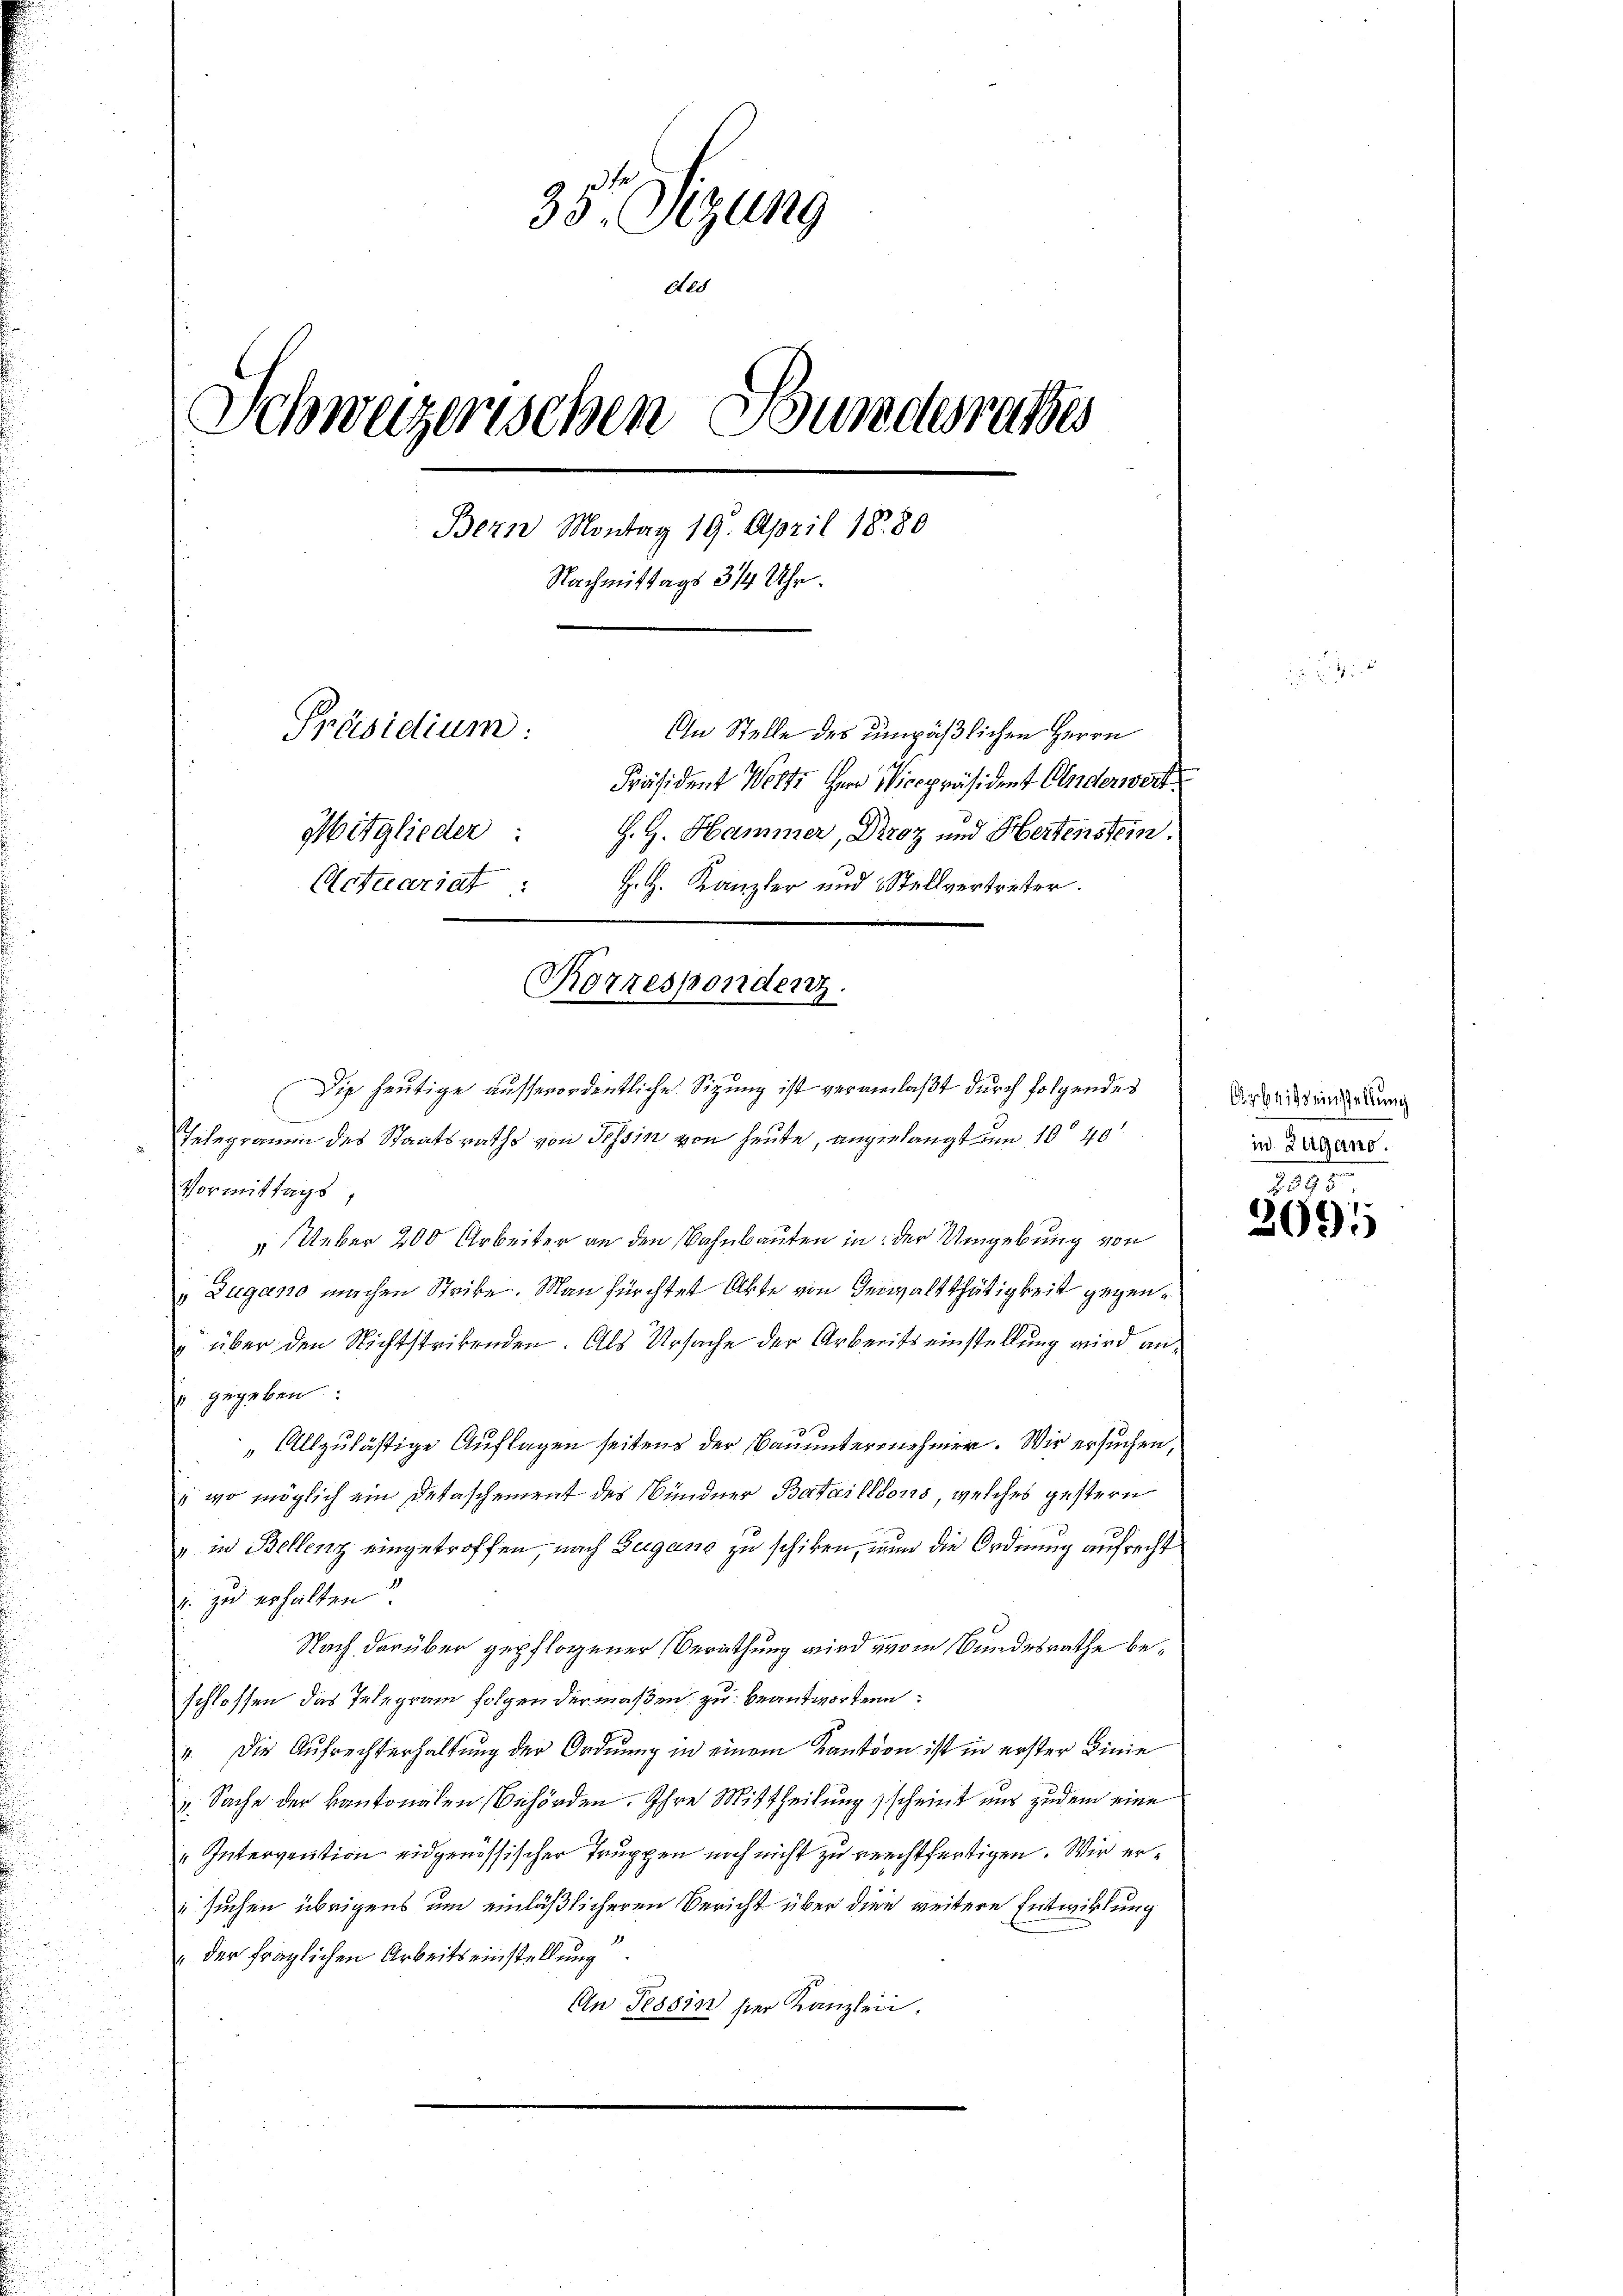
38. Sizung
Aes
Schweizerischen Bundesrathes
Bern Montag 19. April 1880
Nachmittags 3/4 Uhr.
Präsidium:
An Stelle des unpäßlichen Herrn
Präsident Wolte Herr Vicepräsident Anderwert
Mitglieder:
H. H. Hammer, Droz und Hertenstein.
Hel. Kanzler und Stellvertreter.
Actuariat :
Rorrespondenz.

Die heutige ausserordentliche Sitzung ist veranlaßt durch folgendes

Gelegramm des Staatsraths von Tessin von heute, angelangt um 10 40
Vormittags
 Ueber 200 Arbeiter an den Bahnbauten in der Umgebung von
u Zugano machen Strike. Man fürchtet Akte von Gewaltthätigkeit gegen¬
" über den Nichtstrikenden. Als Ursache der Arbeits einstellung wird an-
" gegeben:
Allzulästige Auflagen seitens der Bauunternehmer. Wir ersuchen,
 wo möglich ein Detaschement des Bündner Batailloris, welches gestern
" in Bellenz eingetroffen, nach Zugans zu schiken, nun die Ordnung aufrecht
. zu erhalten
Nach darüber gepflogener Berathung wird vom Bundesrathe beschlossen das Telegram folgen dermaßen, zu beantworten:
4. Die Aufrechterhaltung der Ordnung in einem Kanton ist in erster Linie
Sache der kantonalen Behörden. Ihre Mittheilungsscheint und zudem eine
" Intervention eidgenössischer Truppen noch nicht zu rechtfertigen. Wir er¬
 suchen übrigens um einläßlicheren Bericht über die weitere Entwirkung
der fraglichen Arbeitseinstellung
An Tessin hier Kanzlein.

:

Aigheit einstellung
in Zugano.

2093.
2691